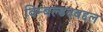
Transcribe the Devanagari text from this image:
विम्बल्डनबद्दल